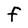
Character: F